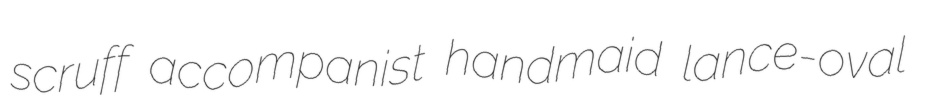
scruff accompanist handmaid lance-oval